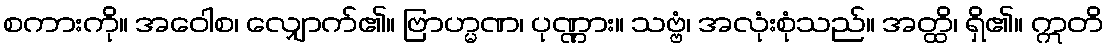
စကားကို။ အဝေါစ၊ လျှောက်၏။ ဗြာဟ္မဏ၊ ပုဏ္ဏား။ သဗ္ဗံ၊ အလုံးစုံသည်။ အတ္ထိ၊ ရှိ၏။ ဣတိ